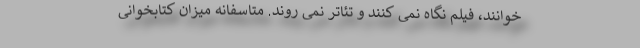
خوانند، فیلم نگاه نمی کنند و تئاتر نمی روند. متاسفانه میزان کتابخوانی